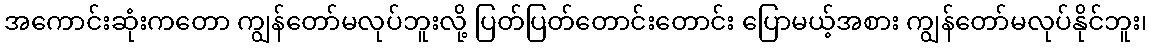
အကောင်းဆုံးကတော ကျွန်တော်မလုပ်ဘူးလို့ ပြတ်ပြတ်တောင်းတောင်း ပြောမယ့်အစား ကျွန်တော်မလုပ်နိုင်ဘူး၊